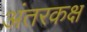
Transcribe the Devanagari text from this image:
अंतरकक्ष